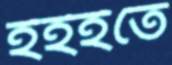
ইইইতে